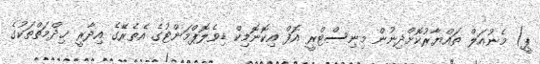
ޕީ) މެނުއަލް ތައްޔާރުކޮށްދިނުން މިނިސްޓްރީ އޮފް އިކޮނޮމިކް ޑިވެލޮޕްމަންޓުގެ އެތެރޭގެ އިދާރީ ޚިދްމަތްތަކުގެ